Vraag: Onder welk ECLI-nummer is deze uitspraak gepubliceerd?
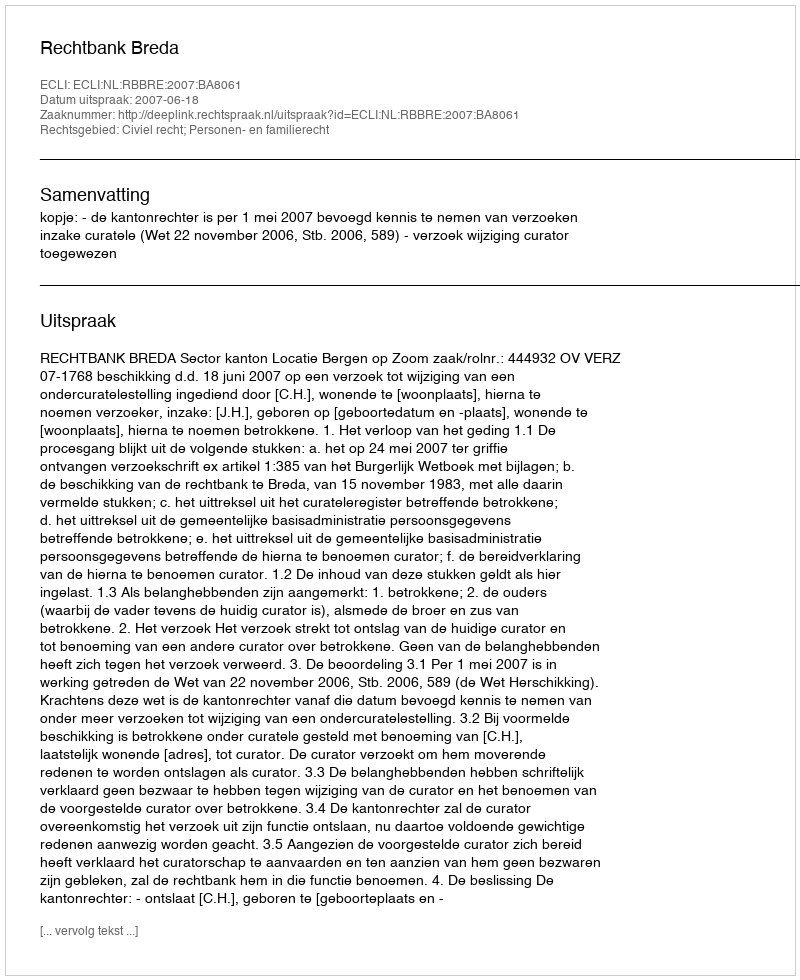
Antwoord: ECLI:NL:RBBRE:2007:BA8061